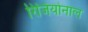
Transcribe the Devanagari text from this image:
रिजियोनाल